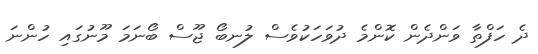
ދެ ހަފްތާ ވަންދެން ކޮންމެ ދުވަހަކުވެސް ލުނބޯ ޖޫސް ބޯނަމަ މޫނުގައި ހުންނަ